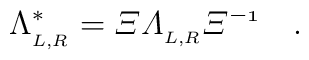
\Lambda_{_{L,R}}^\ast = \mit{\Xi}\Lambda_{_{L,R}} \mit{\Xi}^{-1}\quad.